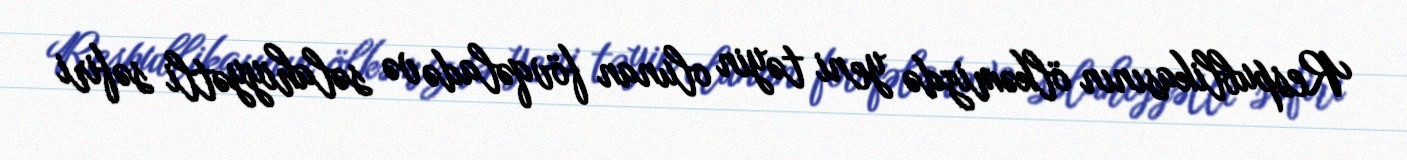
Respublikasının ölkəmizdə yeni təyin olunan fövqəladə və səlahiyyətli səfiri